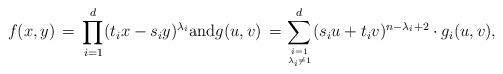
LaTeX: \begin{align*} f(x,y) \,=\, \prod_{i=1}^d (t_i x - s_i y)^{\lambda_i} \hbox{and} g(u,v) \, = \sum_{i=1 \atop \lambda_i \neq 1}^d (s_i u + t_i v)^{n-\lambda_i+2} \cdot g_i(u,v), \end{align*}